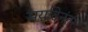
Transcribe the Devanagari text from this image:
मर्यादेनंतर